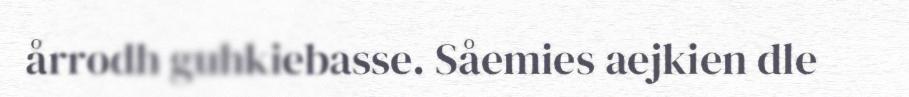
årrodh guhkiebasse. Såemies aejkien dle